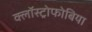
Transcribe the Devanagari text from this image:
क्लॉस्ट्रोफोबिया